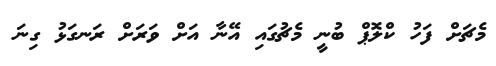
މެޗަށް ފަހު ކްލޮޕް ބުނީ މެޗުގައި އޭނާ އަށް ވަރަށް ރަނގަޅު ގިނަ